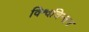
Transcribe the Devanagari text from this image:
विश्वचिन्तन